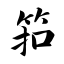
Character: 筘